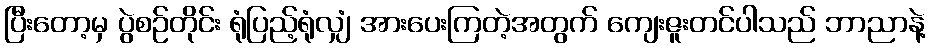
ပြီးတော့မှ ပွဲစဉ်တိုင်း ရုံပြည့်ရုံလျှံ အားပေးကြတဲ့အတွက် ကျေးဇူးတင်ပါသည် ဘာညာနဲ့